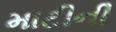
માટીની